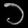
Digit: ၁